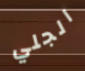
الجلي